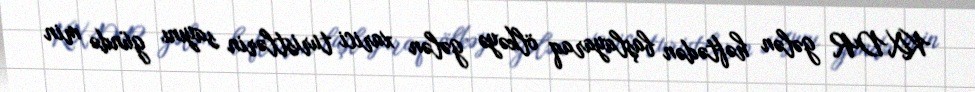
KXDR gələn həftədən başlayaraq ölkəyə gələn xarici turistlərin sayını gündə min